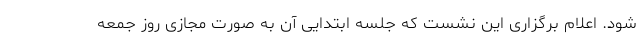
شود. اعلام برگزاری این نشست که جلسه ابتدایی آن به صورت مجازی روز جمعه